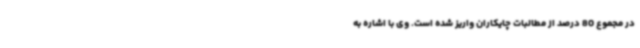
در مجموع 80 درصد از مطالبات چایکاران واریز شده است. وی با اشاره به